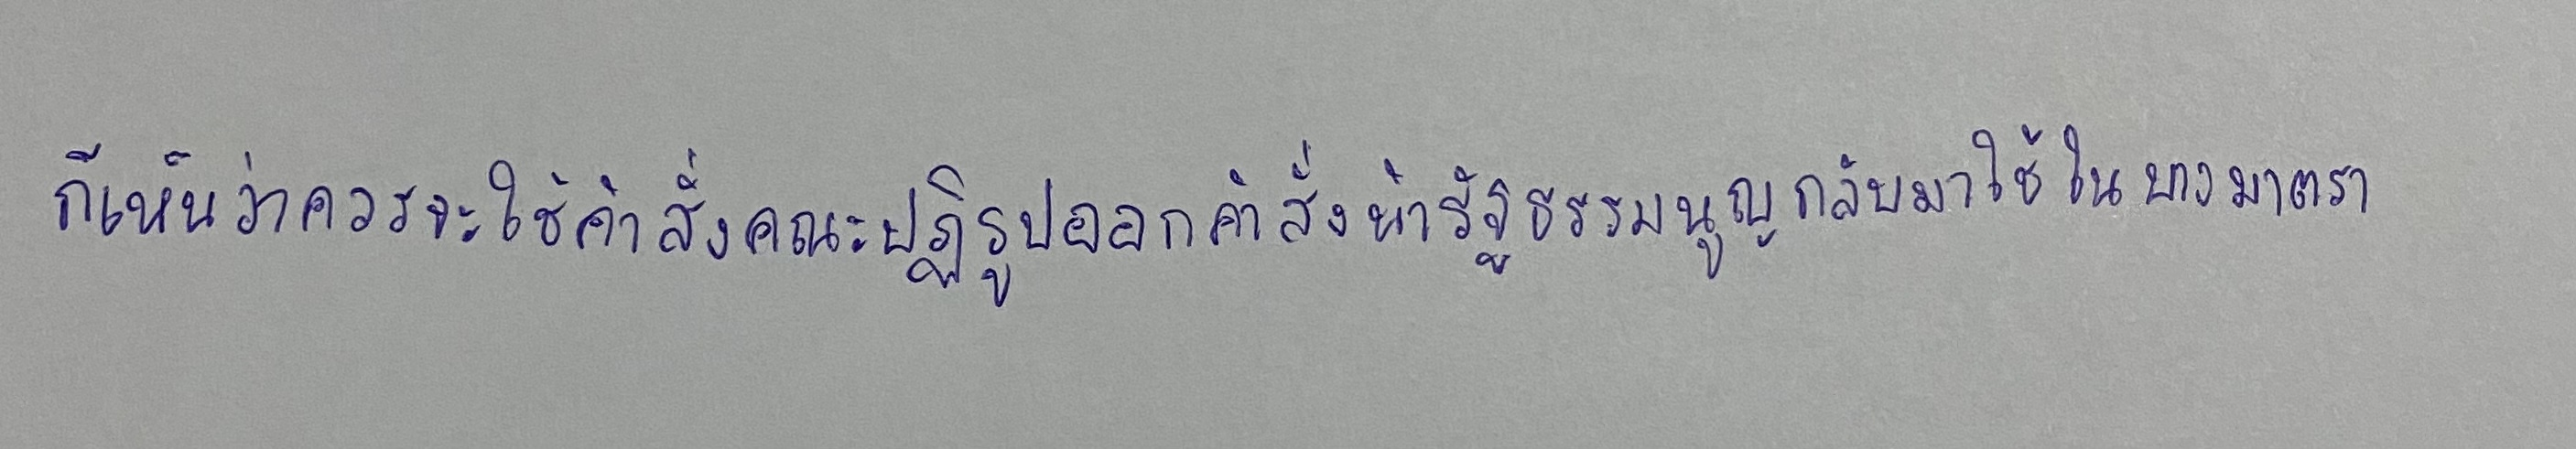
ก็เห็นว่าควรจะใช้คำสั่งคณะปฏิรูปออกคำสั่งนำรัฐธรรมนูญกลับมาใช้ในบางมาตรา